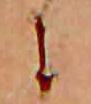
に